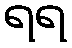
ရရ